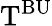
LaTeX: \mathrm{T}^{\mathrm{BU}}